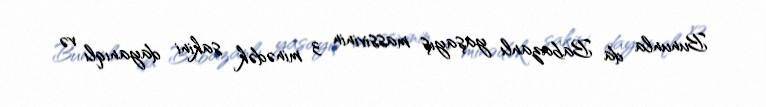
Bununla da Babazanlı yaşayış massivinin 3 minədək sakini dayanıqlı və